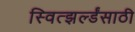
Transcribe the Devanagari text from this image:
स्वित्झर्ल्डंसाठी